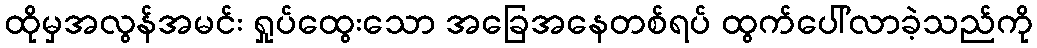
ထိုမှအလွန်အမင်း ရှုပ်ထွေးသော အခြေအနေတစ်ရပ် ထွက်ပေါ်လာခဲ့သည်ကို